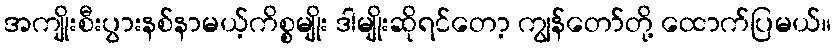
အကျိုးစီးပွားနစ်နာမယ့်ကိစ္စမျိုး ဒါမျိုးဆိုရင်တော့ ကျွန်တော်တို့ ထောက်ပြမယ်။